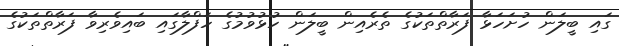
ގައި ބީލަން ހުށަހަޅާ ފަރާތްތަކުގެ ތެރެއިން ބީލަން ހުޅުވުމުގެ ހަފްލާގައި ބައިވެރިވާ ފަރާތްތަކުގެ